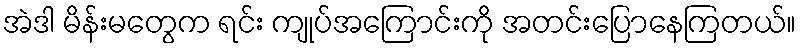
အဲဒါ မိန်းမတွေက ရင်း ကျုပ်အကြောင်းကို အတင်းပြောနေကြတယ်။